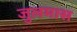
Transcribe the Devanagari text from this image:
जुलमास